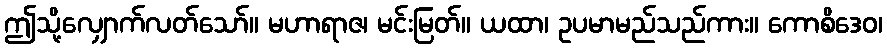
ဤသို့လျှောက်လတ်သော်။ မဟာရာဇ၊ မင်းမြတ်။ ယထာ၊ ဥပမာမည်သည်ကား။ ကောစိဒေဝ၊